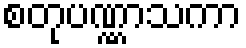
စတုပဏ္ဏာသကာ